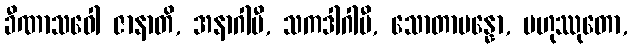
ခီဏာသဝေါ ဇာနာတိ, အနာဂါမီ, သကဒါဂါမီ, သောတာပန္နော, ဗဟုဿုတော,